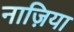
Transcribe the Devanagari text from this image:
नाज़िया